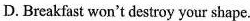
D.Breakfast won't destroy your shape.